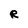
Character: R